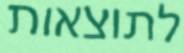
לתוצאות